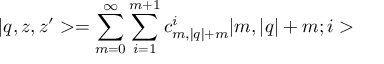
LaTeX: | q , z , z ^ { \prime } > = \sum _ { m = 0 } ^ { \infty } \sum _ { i = 1 } ^ { m + 1 } c _ { m , | q | + m } ^ { i } | m , | q | + m ; i >